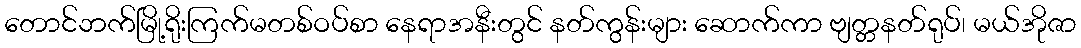
တောင်ဘက်မြို့ရိုးကြက်မတစ်ဝပ်စာ နေရာအနီးတွင် နတ်ကွန်းများ ဆောက်ကာ ဗျတ္တနတ်ရုပ်၊ မယ်အိုဇာ